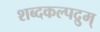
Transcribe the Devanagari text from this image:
शब्दकल्पद्रुम्